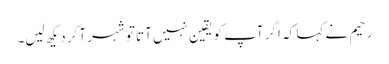
رحیم نے کہا کہ اگر آپ کو یقین نہیں آتا تو شہر آکر دیکھ لیں۔